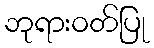
ဘုရားဝတ်ပြု